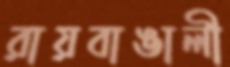
রায়বাঙালী